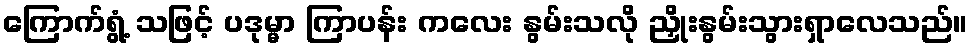
ကြောက်ရွံ့ သဖြင့် ပဒုမ္မာ ကြာပန်း ကလေး နွမ်းသလို ညှိုးနွမ်းသွားရှာလေသည်။